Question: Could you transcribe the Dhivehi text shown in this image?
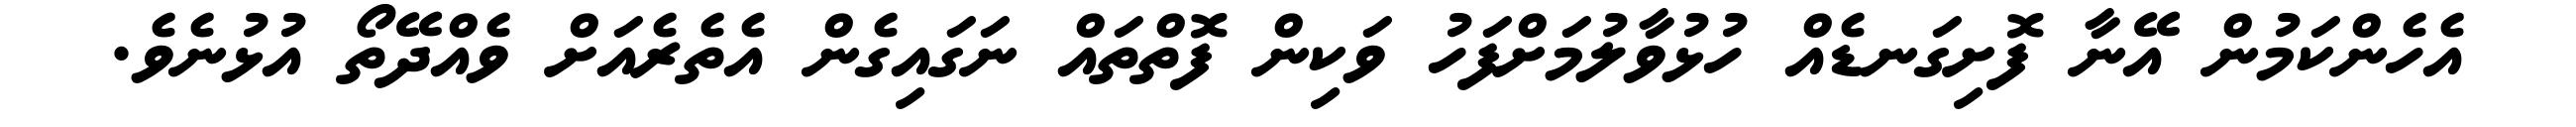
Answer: އެހެންކަމުން އޭނާ ފޮށިގަނޑެއް ހުޅުވާލުމަށްފަހު ވަކިން ފޮތްތައް ނަގައިގެން އެތެރެއަށް ވެއްދޭތޯ އުޅުނެވެ.